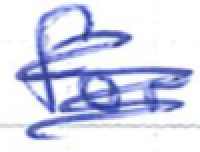
Text: for
Cross-out: scratch
Writing tool: ballpoint